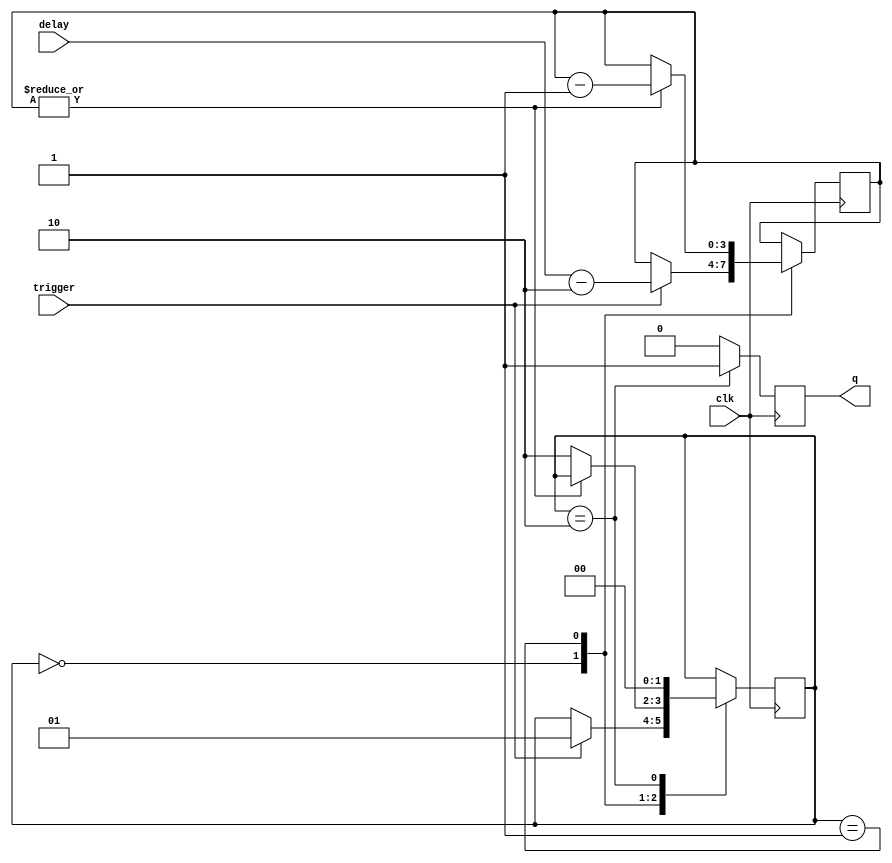
module delay_generator(
		input wire clk,
		input wire [DelayWidth-1:0] delay, 
		input wire trigger,
		output reg q = 1'b0
	 );
	 
parameter DelayWidth = 4;

reg waiting = 1'b0;
reg [1:0] state = 2'h0;
reg [DelayWidth-1:0] timer = 0;

always @(posedge clk) begin
	q <= 1'b0;       // default if not overwritten
	case (state)
		2'h0: if (trigger) begin
				state <= 2'h1;
				timer[DelayWidth-1:0] <= delay[DelayWidth-1:0]-2'h2;
			end
		2'h1: if (~|timer) 
				state <= 2'h2;
			else 
				timer[DelayWidth-1:0] <= timer[DelayWidth-1:0]-1'h1;
		2'h2: begin
				state <= 2'h0;
				q <= 1'b1;
			end
	endcase
end


endmodule